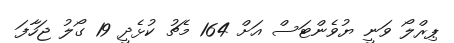
ޕިރްލޯ ވަނީ ޔުވެންޓަސް އަށް 164 މެޗު ކުޅެދީ 19 ގޯލު ޖަހާފަ